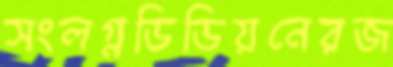
সংলগ্নডিডিয়নেরজ